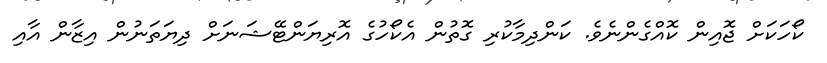
ކޯހަކަށް ޖޮއިން ކޮއްގެންނެވެ. ކަންދިމާކުރި ގޮތުން އެކޯހުގެ އޮރިޔަންޓޭޝަނަށް ދިޔަތަނުން އިޒާން އާއި